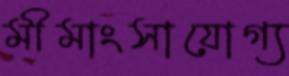
মীমাংসাযোগ্য